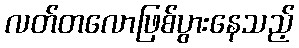
လတ်တလောဖြစ်ပွားနေသည့်